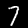
Label: 7